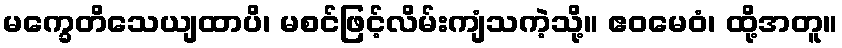
မက္ခေတိသေယျထာပိ၊ မစင်ဖြင့်လိမ်းကျံသကဲ့သို့။ ဧဝမေဝံ၊ ထို့အတူ။